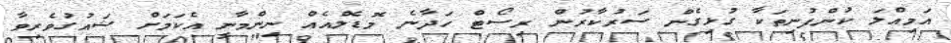
އަމިއްލަ ކުންފުނިތަކާ ގުޅިގެން ސަރުކާރުން ރިސޯޓް ހަދާނެ މޮޑެލްއެއް ނިންމާނީ އެކަމަށް ޝައުގުވެރިވާ